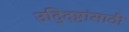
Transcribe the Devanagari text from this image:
उद्‍दिष्टांसाठी